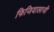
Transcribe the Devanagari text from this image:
फिजियालाजी